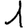
Digit: 1